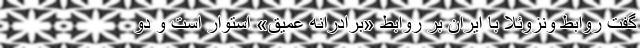
گفت روابط ونزوئلا با ایران بر روابط «برادرانه عمیق» استوار است و دو